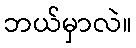
ဘယ်မှာလဲ။